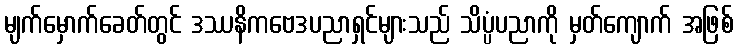
မျက်မှောက်ခေတ်တွင် ဒဿနိကဗေဒပညာရှင်များသည် သိပ္ပံပညာကို မှတ်ကျောက် အဖြစ်